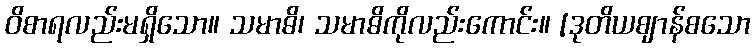
ဝိစာရလည်းမရှိသော။ သမာဓိ၊ သမာဓိကိုလည်းကောင်း။ [ဒုတိယဈာန်စသော